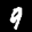
Label: 9